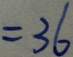
= 3 6